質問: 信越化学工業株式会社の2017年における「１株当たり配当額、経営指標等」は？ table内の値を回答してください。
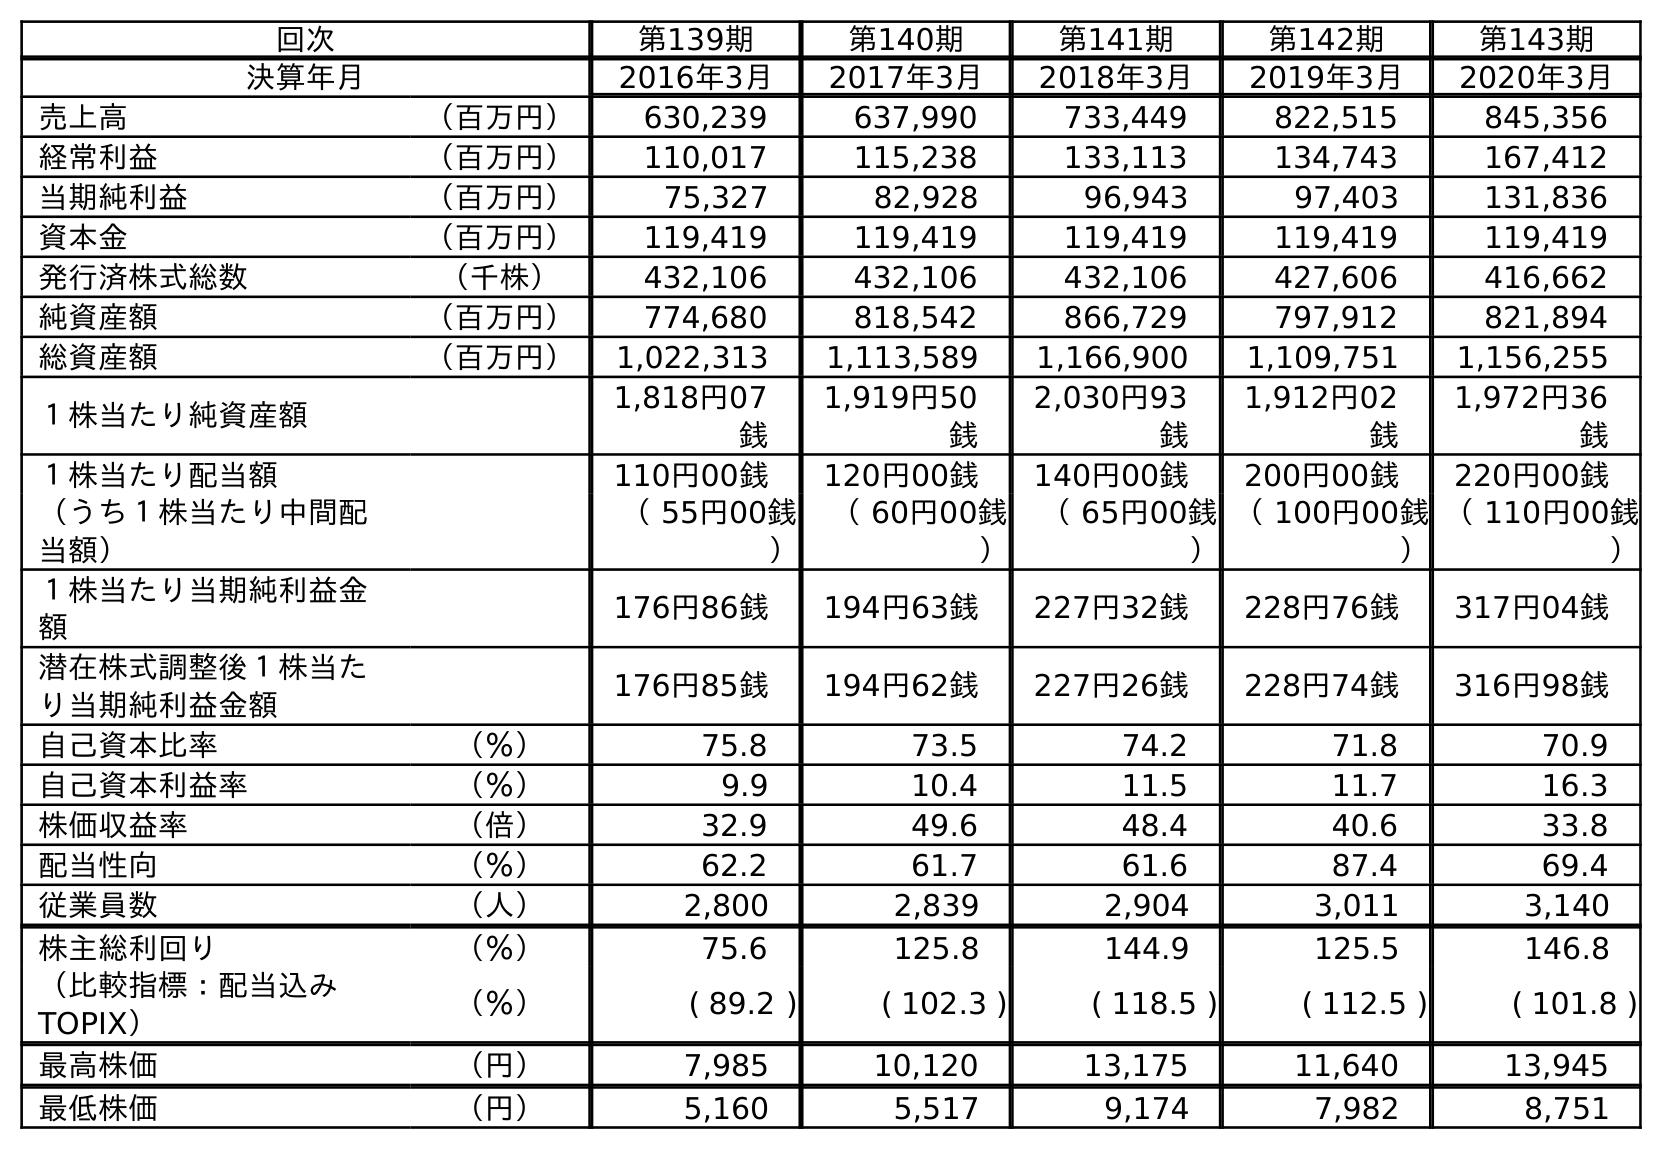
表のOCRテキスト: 回次 第139期 第140期 第141期 第142期 第143期 決算年月 2016年3月 2017年3月 2018年3月 2019年3月 2020年3月 売上高 （百万円） 630,239 637,990 733,449 822,515 845,356 経常利益 （百万円） 110,017 115,238 133,113 134,743 167,412 当期純利益 （百万円） 75,327 82,928 96,943 97,403 131,836 資本金 （百万円） 119,419 119,419 119,419 119,419 119,419 発行済株式総数 （千株） 432,106 432,106 432,106 427,606 416,662 純資産額 （百万円） 774,680 818,542 866,729 797,912 821,894 総資産額 （百万円） 1,022,313 1,113,589 1,166,900 1,109,751 1,156,255 １株当たり純資産額 1,818円07 銭 1,919円50 銭 2,030円93 銭 1,912円02 銭 1,972円36 銭 １株当たり配当額 110円00銭 120円00銭 140円00銭 200円00銭 220円00銭 （うち１株当たり中間配 当額） （ 55円00銭 ） （ 60円00銭 ） （ 65円00銭 ） （ 100円00銭 ） （ 110円00銭 ） １株当たり当期純利益金 額 176円86銭 194円63銭 227円32銭 228円76銭 317円04銭 潜在株式調整後１株当た り当期純利益金額 176円85銭 194円62銭 227円26銭 228円74銭 316円98銭 自己資本比率 （％） 75.8 73.5 74.2 71.8 70.9 自己資本利益率 （％） 9.9 10.4 11.5 11.7 16.3 株価収益率 （倍） 32.9 49.6 48.4 40.6 33.8 配当性向 （％） 62.2 61.7 61.6 87.4 69.4 従業員数 （人） 2,800 2,839 2,904 3,011 3,140 株主総利回り （％） 75.6 125.8 144.9 125.5 146.8 （比較指標：配当込み TOPIX） （％） ( 89.2 ) ( 102.3 ) ( 118.5 ) ( 112.5 ) ( 101.8 ) 最高株価 （円） 7,985 10,120 13,175 11,640 13,945 最低株価 （円） 5,160 5,517 9,174 7,982 8,751
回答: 120円00銭